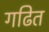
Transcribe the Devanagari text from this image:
गढित